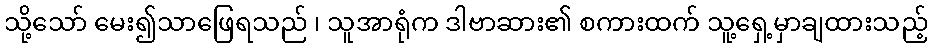
သို့သော် မေး၍သာဖြေရသည် ၊ သူအာရုံက ဒါဗာဆား၏ စကားထက် သူ့ရှေ့မှာချထားသည့်